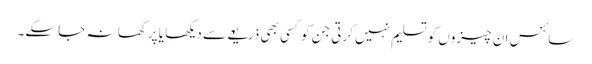
سائنس ان چیزوں کو تسلیم نہیں کرتی جن کو کسی بھی ذریعے سے دیکھا یا پرکھا نہ جا سکے۔